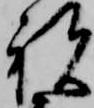
祝